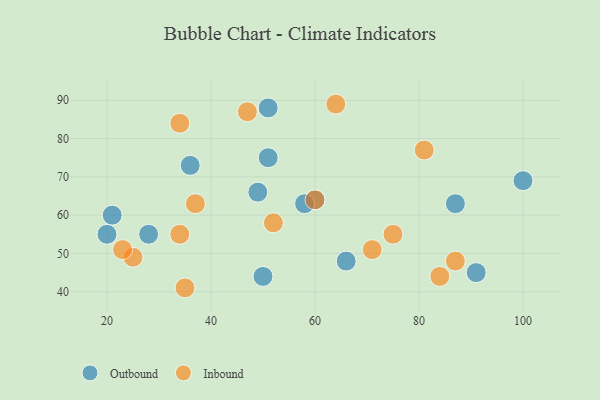
{"axis": {"x": "GDP", "y": "Life Expectancy"}, "legend": ["Inbound", "Outbound"], "data": [{"x": "36", "y": 73, "type": "Outbound"}, {"x": "51", "y": 88, "type": "Outbound"}, {"x": "91", "y": 45, "type": "Outbound"}, {"x": "28", "y": 55, "type": "Outbound"}, {"x": "66", "y": 48, "type": "Outbound"}, {"x": "60", "y": 64, "type": "Outbound"}, {"x": "100", "y": 69, "type": "Outbound"}, {"x": "50", "y": 44, "type": "Outbound"}, {"x": "21", "y": 60, "type": "Outbound"}, {"x": "87", "y": 63, "type": "Outbound"}, {"x": "49", "y": 66, "type": "Outbound"}, {"x": "58", "y": 63, "type": "Outbound"}, {"x": "51", "y": 75, "type": "Outbound"}, {"x": "20", "y": 55, "type": "Outbound"}, {"x": "25", "y": 49, "type": "Inbound"}, {"x": "34", "y": 84, "type": "Inbound"}, {"x": "47", "y": 87, "type": "Inbound"}, {"x": "37", "y": 63, "type": "Inbound"}, {"x": "23", "y": 51, "type": "Inbound"}, {"x": "75", "y": 55, "type": "Inbound"}, {"x": "60", "y": 64, "type": "Inbound"}, {"x": "52", "y": 58, "type": "Inbound"}, {"x": "81", "y": 77, "type": "Inbound"}, {"x": "84", "y": 44, "type": "Inbound"}, {"x": "87", "y": 48, "type": "Inbound"}, {"x": "34", "y": 55, "type": "Inbound"}, {"x": "71", "y": 51, "type": "Inbound"}, {"x": "35", "y": 41, "type": "Inbound"}, {"x": "64", "y": 89, "type": "Inbound"}]}